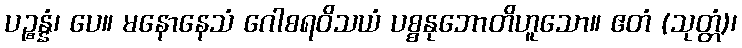
ပဉ္စန္နံ၊ ပေ။ မနောနေသံ ဂေါစရဝိသယံ ပစ္စနုဘောတိဟူသော။ ဧတံ (သုတ္တံ)၊